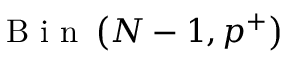
\mathrm { ~ B ~ i ~ n ~ } \left( N - 1 , p ^ { + } \right)